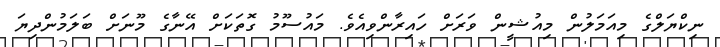
ނިކްޔަލްގެ މިއަމަލުން މިއުޝީން ވަރަށް ހައިރާންވިއެވެ. މައުސޫމު ގޮތަކަށް އޭނާގެ މޫނަށް ބަލަމުންދިޔަ